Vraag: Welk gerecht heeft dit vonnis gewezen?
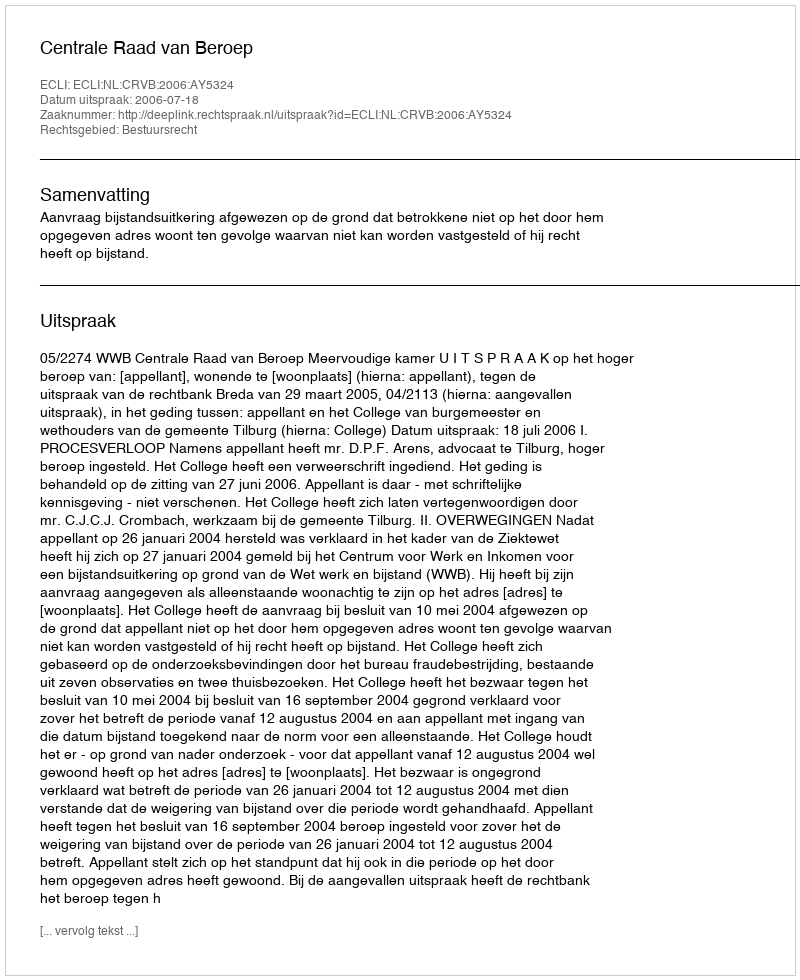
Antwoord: Centrale Raad van Beroep